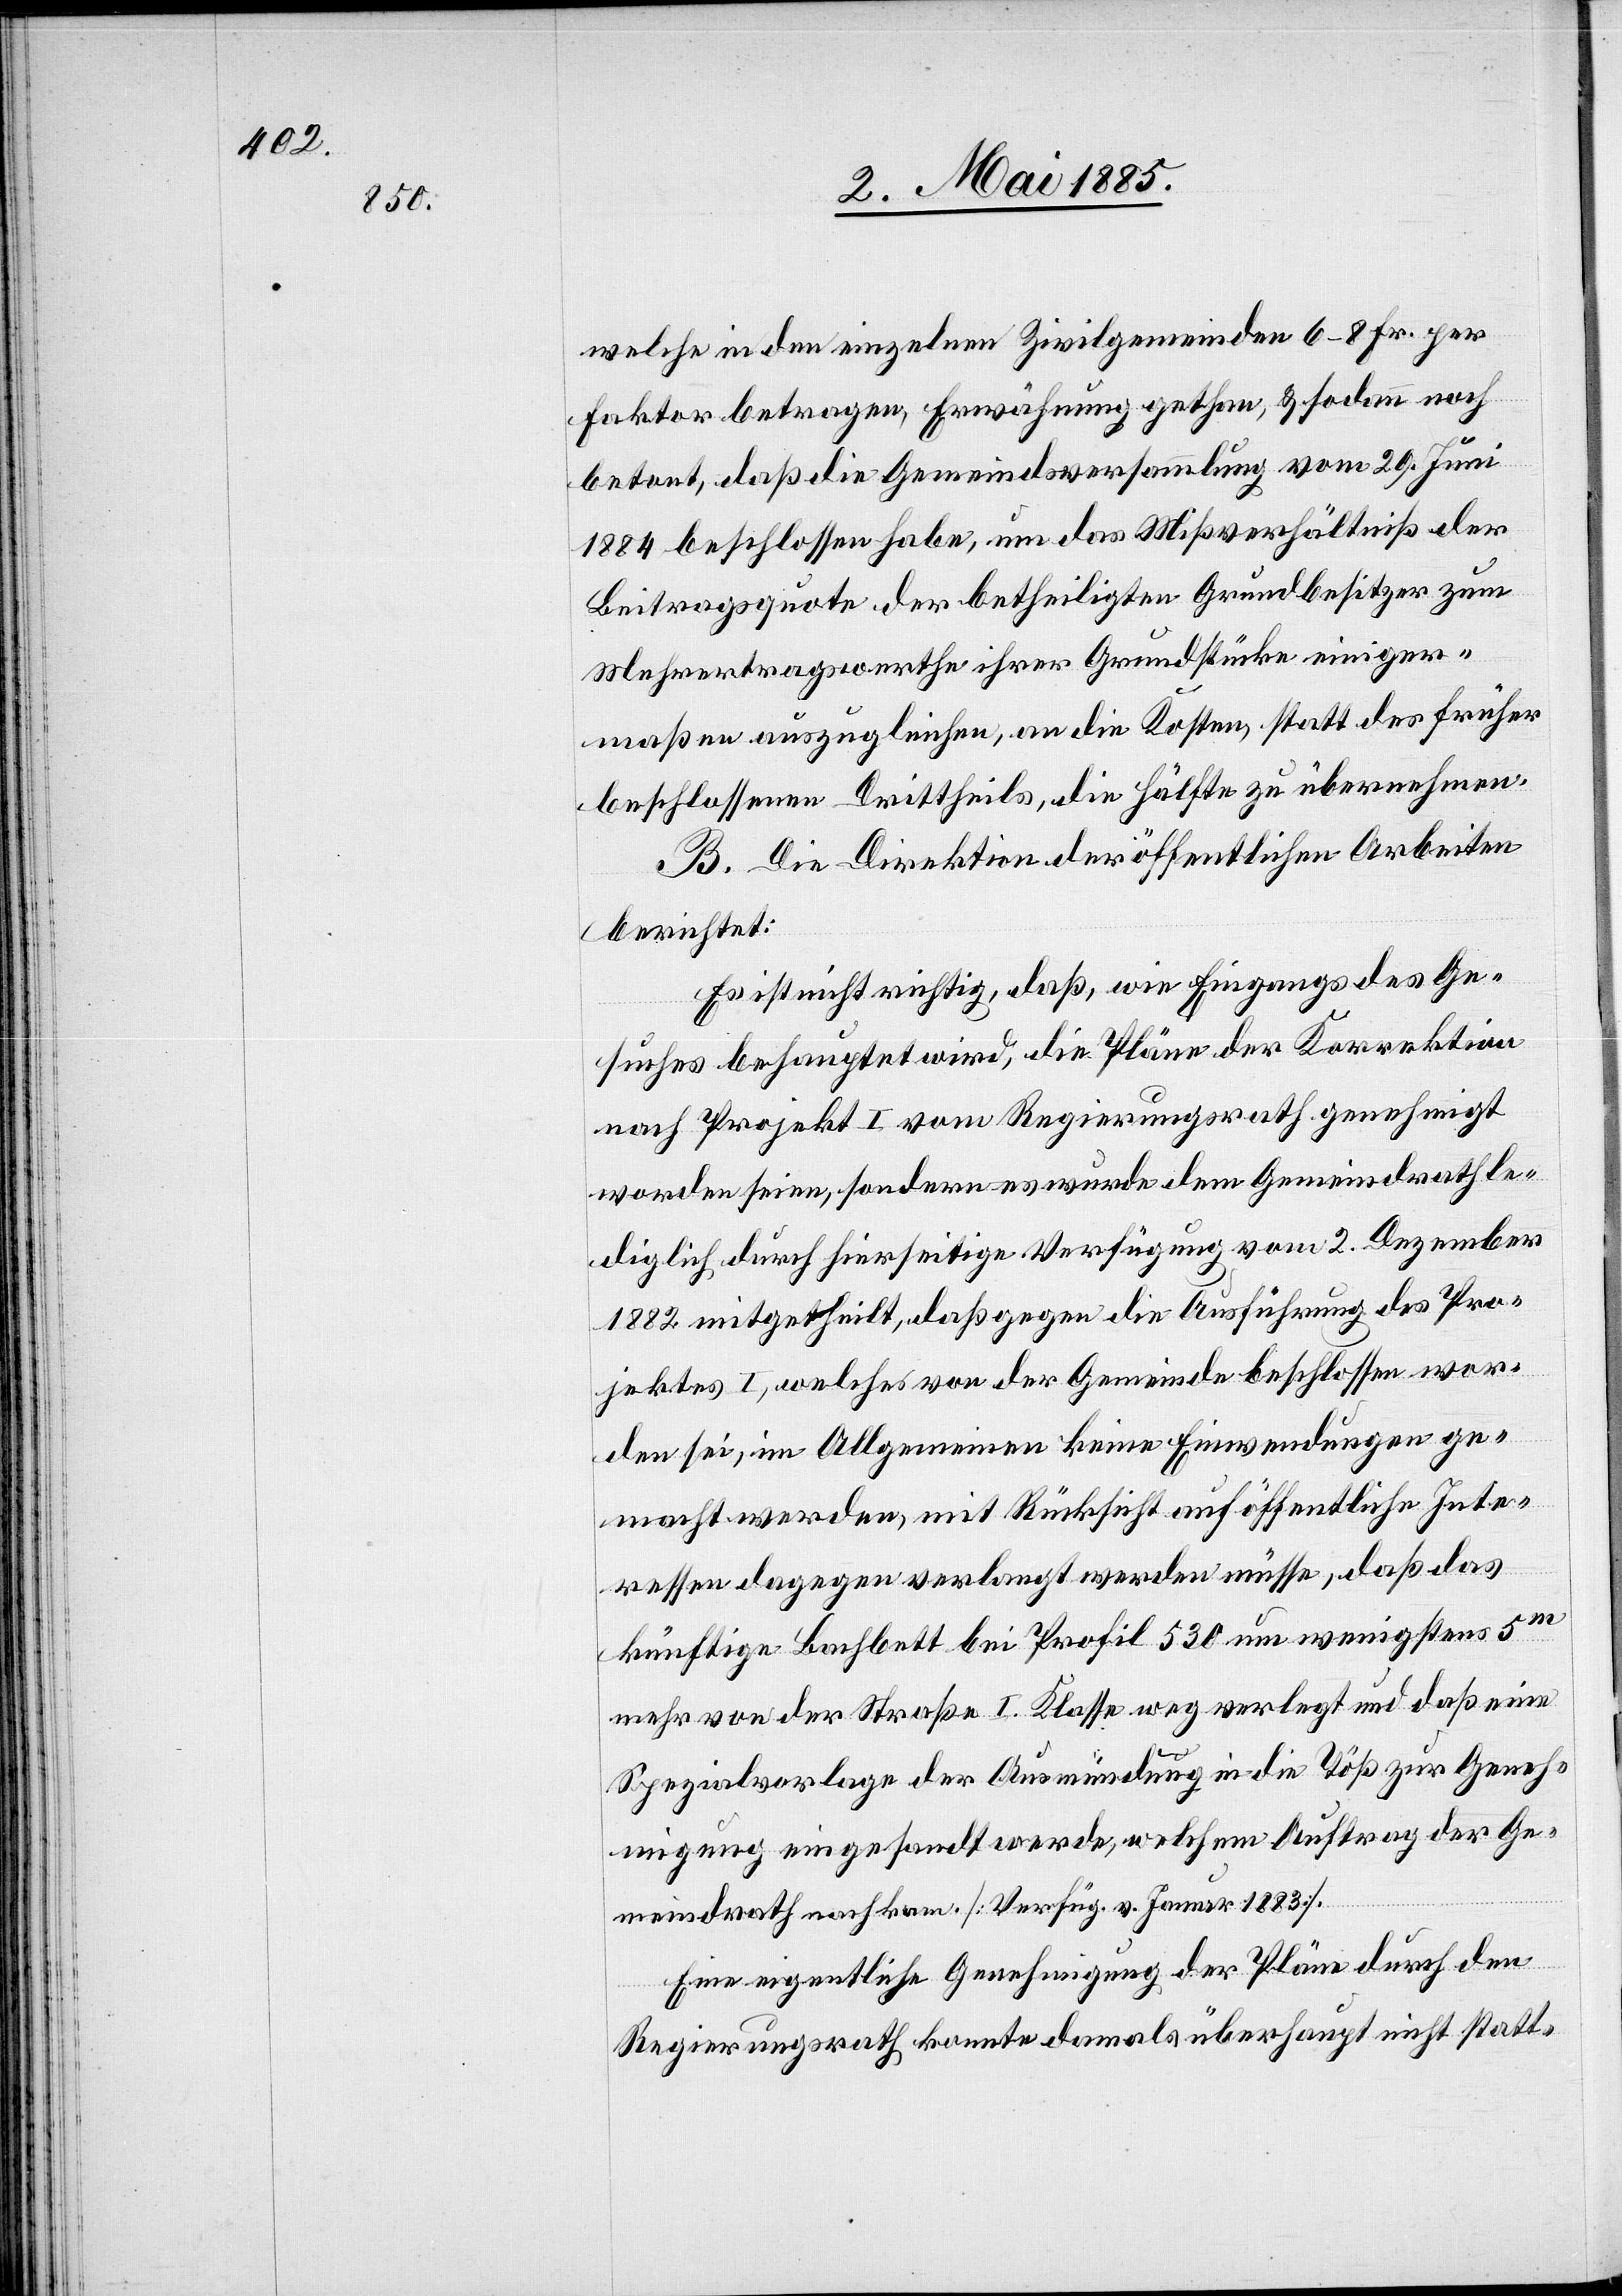
welche in den einzelnen Zivilgemeinden 6–8 Fr. per
Faktor betragen, Erwähnung gethan, & sodann noch
betont, daß die Gemeindsversammlung vom 29. Juni
1884 beschlossen habe, um das Mißverhältniß der
Beitragsquote der betheiligten Grundbesitzer zum
Mehrertragswerthe ihrer Grundstücke einiger¬
maßen auszugleichen, an die Kosten, statt des früher
beschlossenen Drittheils, die Hälfte zu übernehmen.
B. Die Direktion der öffentlichen Arbeiten
berichtet:
Es ist nicht richtig, daß, wie Eingangs des Ge¬
suches behauptet wird, die Pläne der Korrektion
nach Projekt I vom Regierungsrath genehmigt
worden seien, sondern es wurde dem Gemeindrath le¬
diglich durch hierseitige Verfügung vom 2. Dezember
1882 mitgetheilt, daß gegen die Ausführung des Pro¬
jektes I, welches von der Gemeinde beschlossen wor¬
den sei, im Allgemeinen keine Einwendungen ge¬
macht werden, mit Rücksicht auf öffentliche Inte¬
ressen dagegen verlangt werden müsse, daß das
künftige Bachbett bei Profil 530 um wenigstens 5
mehr von der Straße I. Klasse weg verlegt und daß eine
Spezialvorlage der Ausmündung in die Töß zur Geneh¬
migung eingesandt werde, welchem Auftrag der Ge¬
meindrath nachkam. [Verfügung v. Januar 1883].
Eine eigentliche Genehmigung der Pläne durch den
Regierungsrath konnte damals überhaupt nicht statt-